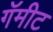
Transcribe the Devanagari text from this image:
गॅमीट